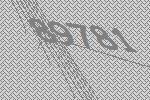
89781